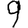
Digit: 9